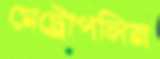
মেট্রোপলিন